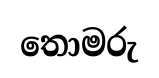
තොමරු